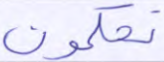
تحكمون